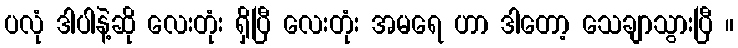
ပလုံ ဒါပါနဲ့ဆို လေးတုံး ရှိပြီ လေးတုံး အမရေ ဟာ ဒါတော့ သေချာသွားပြီ ။